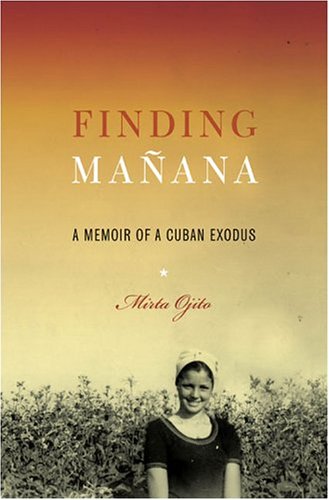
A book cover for Finding MaÃ±ana: A Memoir of a Cuban Exodus; Mirta Ojito; Biographies & Memoirs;